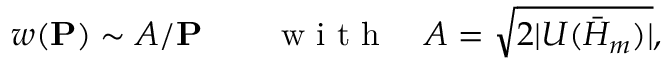
w ( \mathbf { P } ) \sim A / \mathbf { P } \qquad \mathrm { ~ w ~ i ~ t ~ h ~ } \quad A = \sqrt { 2 | U ( \bar { H } _ { m } ) | } ,